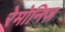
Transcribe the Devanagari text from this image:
रेमोनिज़